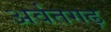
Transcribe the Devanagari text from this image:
अर्वतगढ़